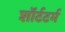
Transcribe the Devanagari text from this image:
शॉर्टटर्म